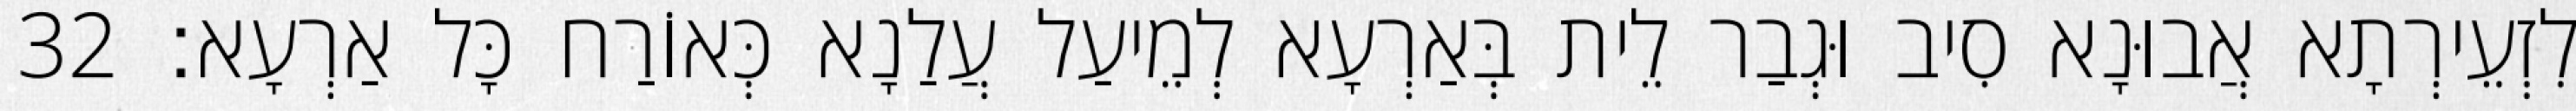
לִזְעֵירְתָא אֲבוּנָא סִיב וּגְבַר לֵית בְּאַרְעָא לְמֵיעַל עֲלַנָא כְּאוֹרַח כָּל אַרְעָא׃ 32